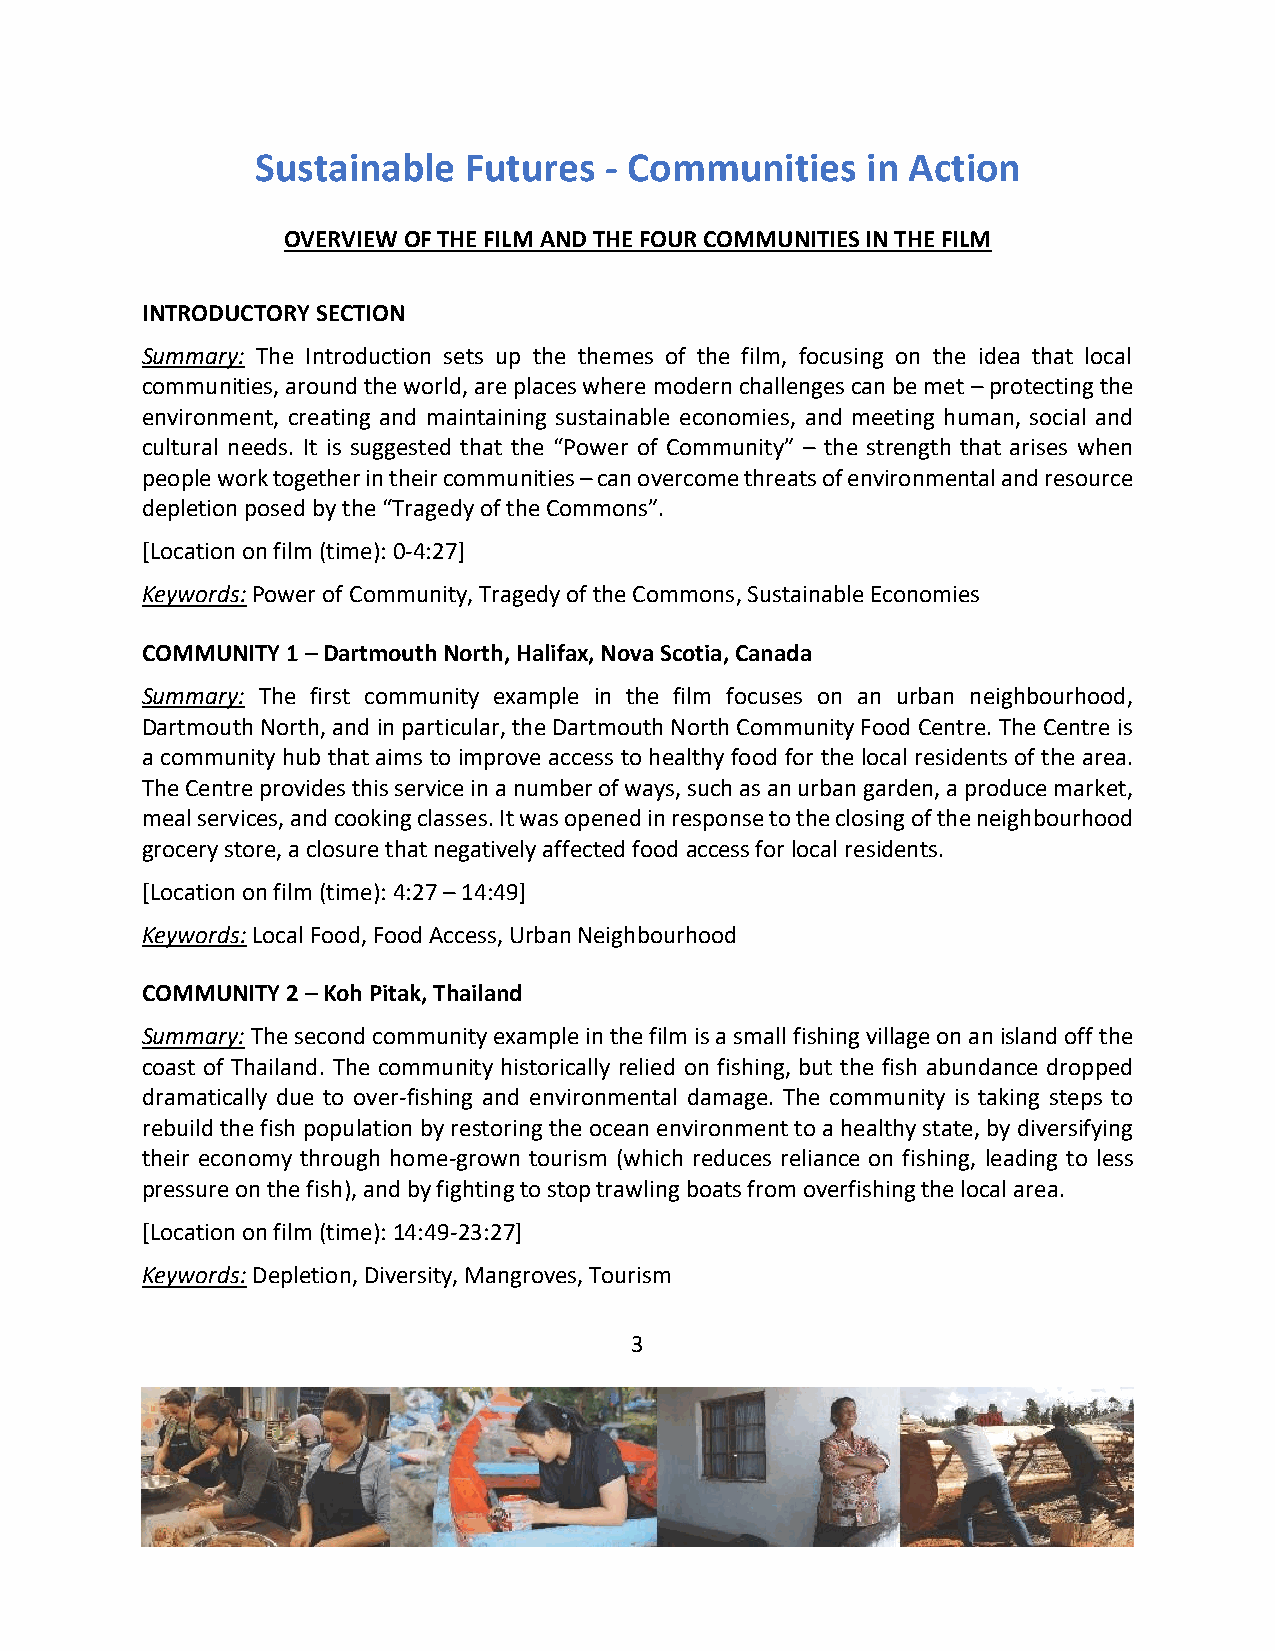
Sustainable   Futures  - Communities    in Action
 OVERVIEW OF THE FILM AND THE FOUR COMMUNITIES IN THE FILM
 INTRODUCTORY SECTION
 Summary: The Introduction sets up the themes of the film, focusing on the idea that local
 communities, around the world, are places where modern challenges can be met – protecting the
 environment, creating and maintaining sustainable economies, and meeting human, social and
 cultural needs. It is suggested that the “Power of Community” – the strength that arises when
 people work together in their communities – can overcome threats of environmental and resource
 depletion posed by the “Tragedy of the Commons”.
 [Location on film (time): 0-4:27]
 Keywords: Power of Community, Tragedy of the Commons, Sustainable Economies
 COMMUNITY 1 – Dartmouth North, Halifax, Nova Scotia, Canada
 Summary: The first community example in the film focuses on an urban neighbourhood,
 Dartmouth North, and in particular, the Dartmouth North Community Food Centre. The Centre is
 a community hub that aims to improve access to healthy food for the local residents of the area.
 The Centre provides this service in a number of ways, such as an urban garden, a produce market,
 meal services, and cooking classes. It was opened in response to the closing of the neighbourhood
 grocery store, a closure that negatively affected food access for local residents.
 [Location on film (time): 4:27 – 14:49]
 Keywords: Local Food, Food Access, Urban Neighbourhood
 COMMUNITY 2 – Koh Pitak, Thailand
 Summary: The second community example in the film is a small fishing village on an island off the
 coast of Thailand. The community historically relied on fishing, but the fish abundance dropped
 dramatically due to over-fishing and environmental damage. The community is taking steps to
 rebuild the fish population by restoring the ocean environment to a healthy state, by diversifying
 their economy through home-grown tourism (which reduces reliance on fishing, leading to less
 pressure on the fish), and by fighting to stop trawling boats from overfishing the local area.
 [Location on film (time): 14:49-23:27]
 Keywords: Depletion, Diversity, Mangroves, Tourism
 3